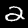
Digit: 2